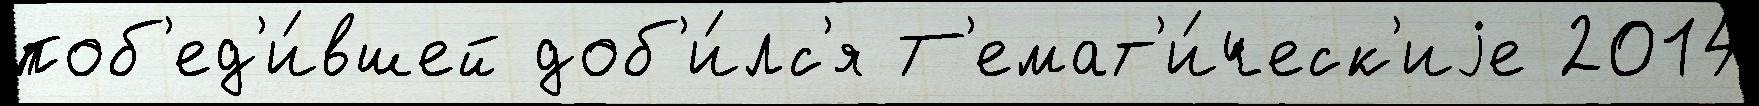
поб'ед'и́вшей доб'и́лс'я Т'емат'и́ческ'иjе 2014